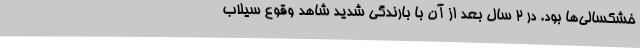
خشکسالی‌ها بود. در ۲ سال بعد از آن با بارندگی‌ شدید شاهد وقوع سیلاب